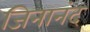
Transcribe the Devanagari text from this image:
जिनानंद